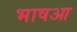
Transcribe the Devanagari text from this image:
भाषआ